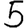
Digit: 5